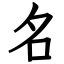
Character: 名